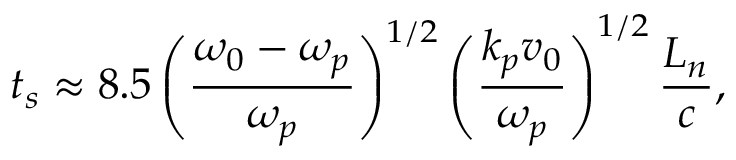
t _ { s } \approx 8 . 5 \left( \frac { \omega _ { 0 } - \omega _ { p } } { \omega _ { p } } \right) ^ { 1 / 2 } \left( \frac { k _ { p } v _ { 0 } } { \omega _ { p } } \right) ^ { 1 / 2 } \frac { L _ { n } } { c } ,